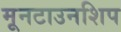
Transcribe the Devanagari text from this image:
मूनटाउनशिप